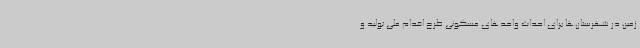
زمین در شهرستان‌ها برای احداث واحدهای مسکونی طرح اقدام ملی تولید و